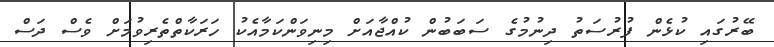
ބޭރުގައި ކުޅެން ފުރުސަތު ދިނުމުގެ ސަބަބުން ކުއްޖާއަށް މިނިވަންކަމާއެކު ހަރަކާތްތެރިވުމަށް ވެސް ދަސް